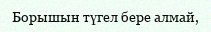
Борышын түгел бере алмай,